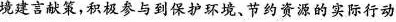
境建言献策，积极参与到保护环境、节约资源的实际行动